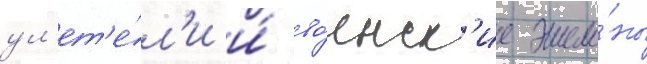
ул'ет'е́л'и и́ во́инск'ие эшело́ны